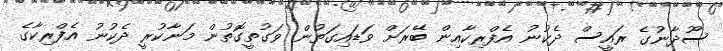
ސޫދާނުގެ ރައީސް ދެކުނު އެފްރިކާއިން ބޭރަށް ވަޑައިގަތުން ވަގުތީގޮތުން މަނާކުރީ ދެކުނު އެފްރިކާގެ